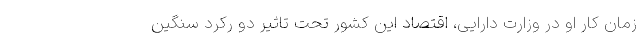
زمان کار او در وزارت دارایی، اقتصاد این کشور تحت تاثیر دو رکرد سنگین